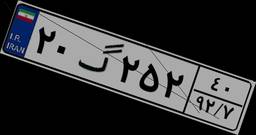
۱۱گ۹۹۹۰۴